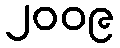
၂၀၀၉